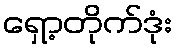
ရှော့တိုက်ဒုံး